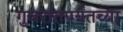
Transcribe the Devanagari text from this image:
गुजरातपर्यंतच्या